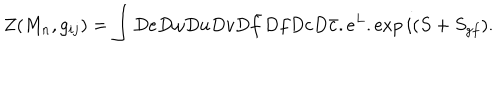
Z ( M _ { n } , g _ { i j } ) = \int D e D \omega D u D v D \bar { f } D f D c D \bar { c } . e ^ { L } . \exp i ( S + S _ { g f } ) .